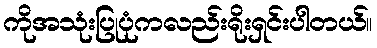
ကိုအသုံးပြုပုံကလည်းရိုးရှင်းပါတယ်။